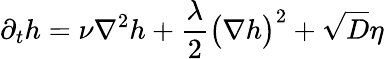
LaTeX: \partial_{t}h=\nu\nabla^{2}h+\frac\lambda 2\big({\mathbf\nabla}h\big)^{2}+\sqrt{D}\eta